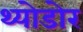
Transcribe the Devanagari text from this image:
थ्योडोर